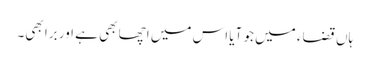
ہاں قضاء میں جو آیا اس میں اچھا بھی ہے اور برا بھی۔